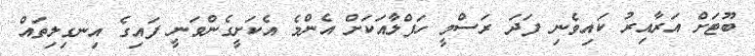
ބޫޓަށް އަރާއިރު ކައިވެނި ފަދަ ރަސްމީ ހަފްލާއަކަށް އެންމެ އެކަށީގެންވަނީ ފައިގެ އިނގިލިތައް